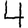
Digit: 4